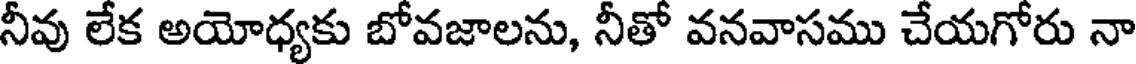
నీవు లేక అయోధ్యకు బోవజాలను, నీతో వనవాసము చేయగోరు నా